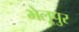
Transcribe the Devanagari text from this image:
भेलूपुर